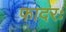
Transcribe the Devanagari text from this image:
फादरः